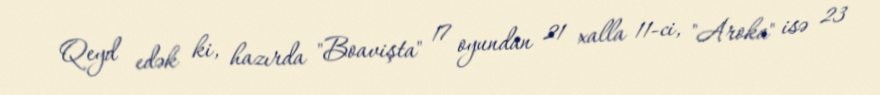
Qeyd edək ki, hazırda "Boavişta" 17 oyundan 21 xalla 11-ci, "Aroka" isə 23